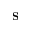
{ \bf S }